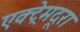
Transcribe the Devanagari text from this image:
एक्ट्रेमदूरा